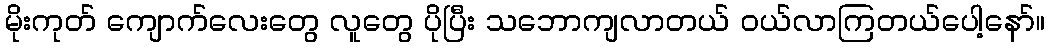
မိုးကုတ် ကျောက်လေးတွေ လူတွေ ပိုပြီး သဘောကျလာတယ် ဝယ်လာကြတယ်ပေါ့နော်။